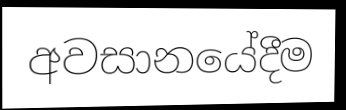
අවසානයේදීම